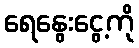
ရေနွေးငွေ့ကို